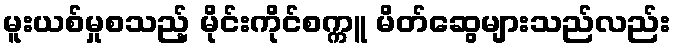
မူးယစ်မှုစသည့် မိုင်းကိုင်စက္ကူ မိတ်ဆွေများသည်လည်း